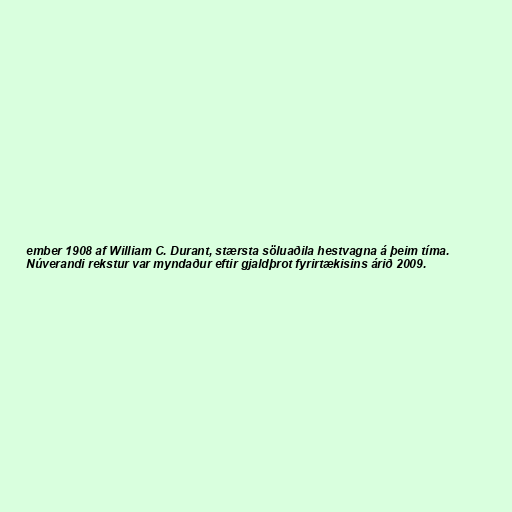
ember 1908 af William C. Durant, stærsta söluaðila hestvagna á þeim tíma.
Núverandi rekstur var myndaður eftir gjaldþrot fyrirtækisins árið 2009.